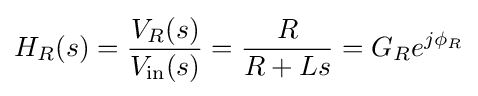
H_{R}(s)={\frac {V_{R}(s)}{V_{\mathrm {in} }(s)}}={\frac {R}{R+Ls}}=G_{R}e^{j\phi _{R}}